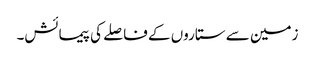
زمین سے ستاروں کے فاصلے کی پیمائش۔